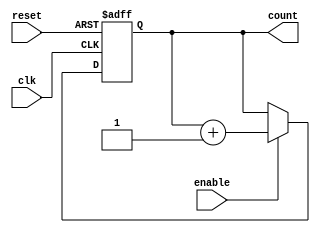
module async_counter #(
    parameter N = 4  // Number of bits
)(
    input wire clk,          // Clock input
    input wire reset,        // Asynchronous reset
    input wire enable,       // Enable counting
    output reg [N-1:0] count // N-bit output count
);

// Asynchronous Counter Logic
always @(posedge clk or posedge reset) begin
    if (reset) begin
        count <= 0; // Reset count to 0
    end else if (enable) begin
        count <= count + 1; // Increment count
    end
end

endmodule